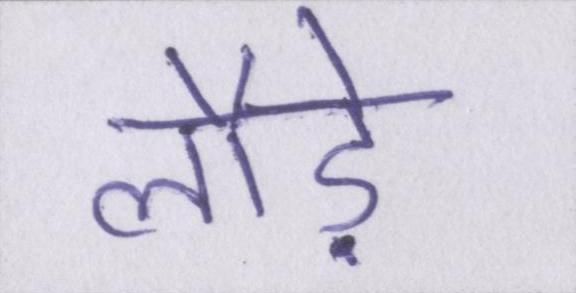
लौड़े